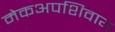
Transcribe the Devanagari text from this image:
मेकअपशिवाय